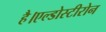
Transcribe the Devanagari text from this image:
है।एल्डोस्टीरोन